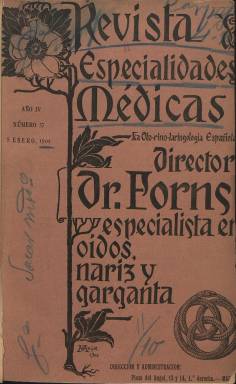
Título: Revista de especialidades médicas
Colección: Medicina
Ámbito geográfico: Madrid
Lugar de publicación: Madrid
Fechas: 01/01/1901-31/12/1919

Revista de información especializada que nació a fines del siglo XIX y se prolongó al menos hasta 1919, año este el último de los que posee la BNE. Salía tres veces al mes, los días 1, 10 y 20 y era continuación de La Otorrinolaringología Española, revista fundada también como ésta por Rafael Forns, quien era catedrático de Higiene en la Universidad Central y especialista en oídos, nariz y garganta.

  La publicación no tenía apenas redactores, pero sí numerosos colaboradores en diferentes especialidades médicas que insertaban trabajos de su campo de actuación. Había bastantes páginas de publicidad con todo tipo de remedios para toda clase de dolencias en cada número, anuncios que supondrían una fuente de ingresos importante para la financiación de la revista.

   Contaba con una sección que recogía información de otras revistas médicas y otra en la que se daba cuenta de las noticias de sanidad relacionadas con la actuación del Gobierno y la Administración. La información gráfica era inexistente salvo en los últimos números, en los que se puede ver un gran despliegue de dibujos y fotografías.

   Era una publicación muy personalista en la que Rafael Forns como director hacía y deshacía a su antojo. Así, es curiosa en la sección profesional de octubre de 1914 la noticia del fallecimiento del padre del director y justo debajo la de la licenciatura en Derecho de su hijo José con nota de Sobresaliente. Y se señala: ‘Merece consignarse que tiene diez y seis años de edad, por ser, si no el más joven, seguramente uno de los abogados más jóvenes de España’. Este hijo trabajó también para la revista como consultor jurídico.

   Rafael Forns fue también editor de las obras no médicas del doctor José de Letamendi, de quien era discípulo. Además de médico, Letamendi era filósofo y antropólogo con una amplia producción en todos los campos, incluso en el de la poesía y en la música. La biblioteca de Letamendi, así como los libros de higiene y medicina del propio Forns, se vendían a través de la revista.

  Curiosamente, Rafael Forns fue más conocido como pintor que como médico. Participó en numerosas exposiciones individuales y colectivas y su estilo y sus paisajes recuerdan a los de los impresionistas franceses. Se autodefinía como luminista y consideraba que el dibujo debía estar supeditado al color.

[Descripción publicada el 17/08/2022]